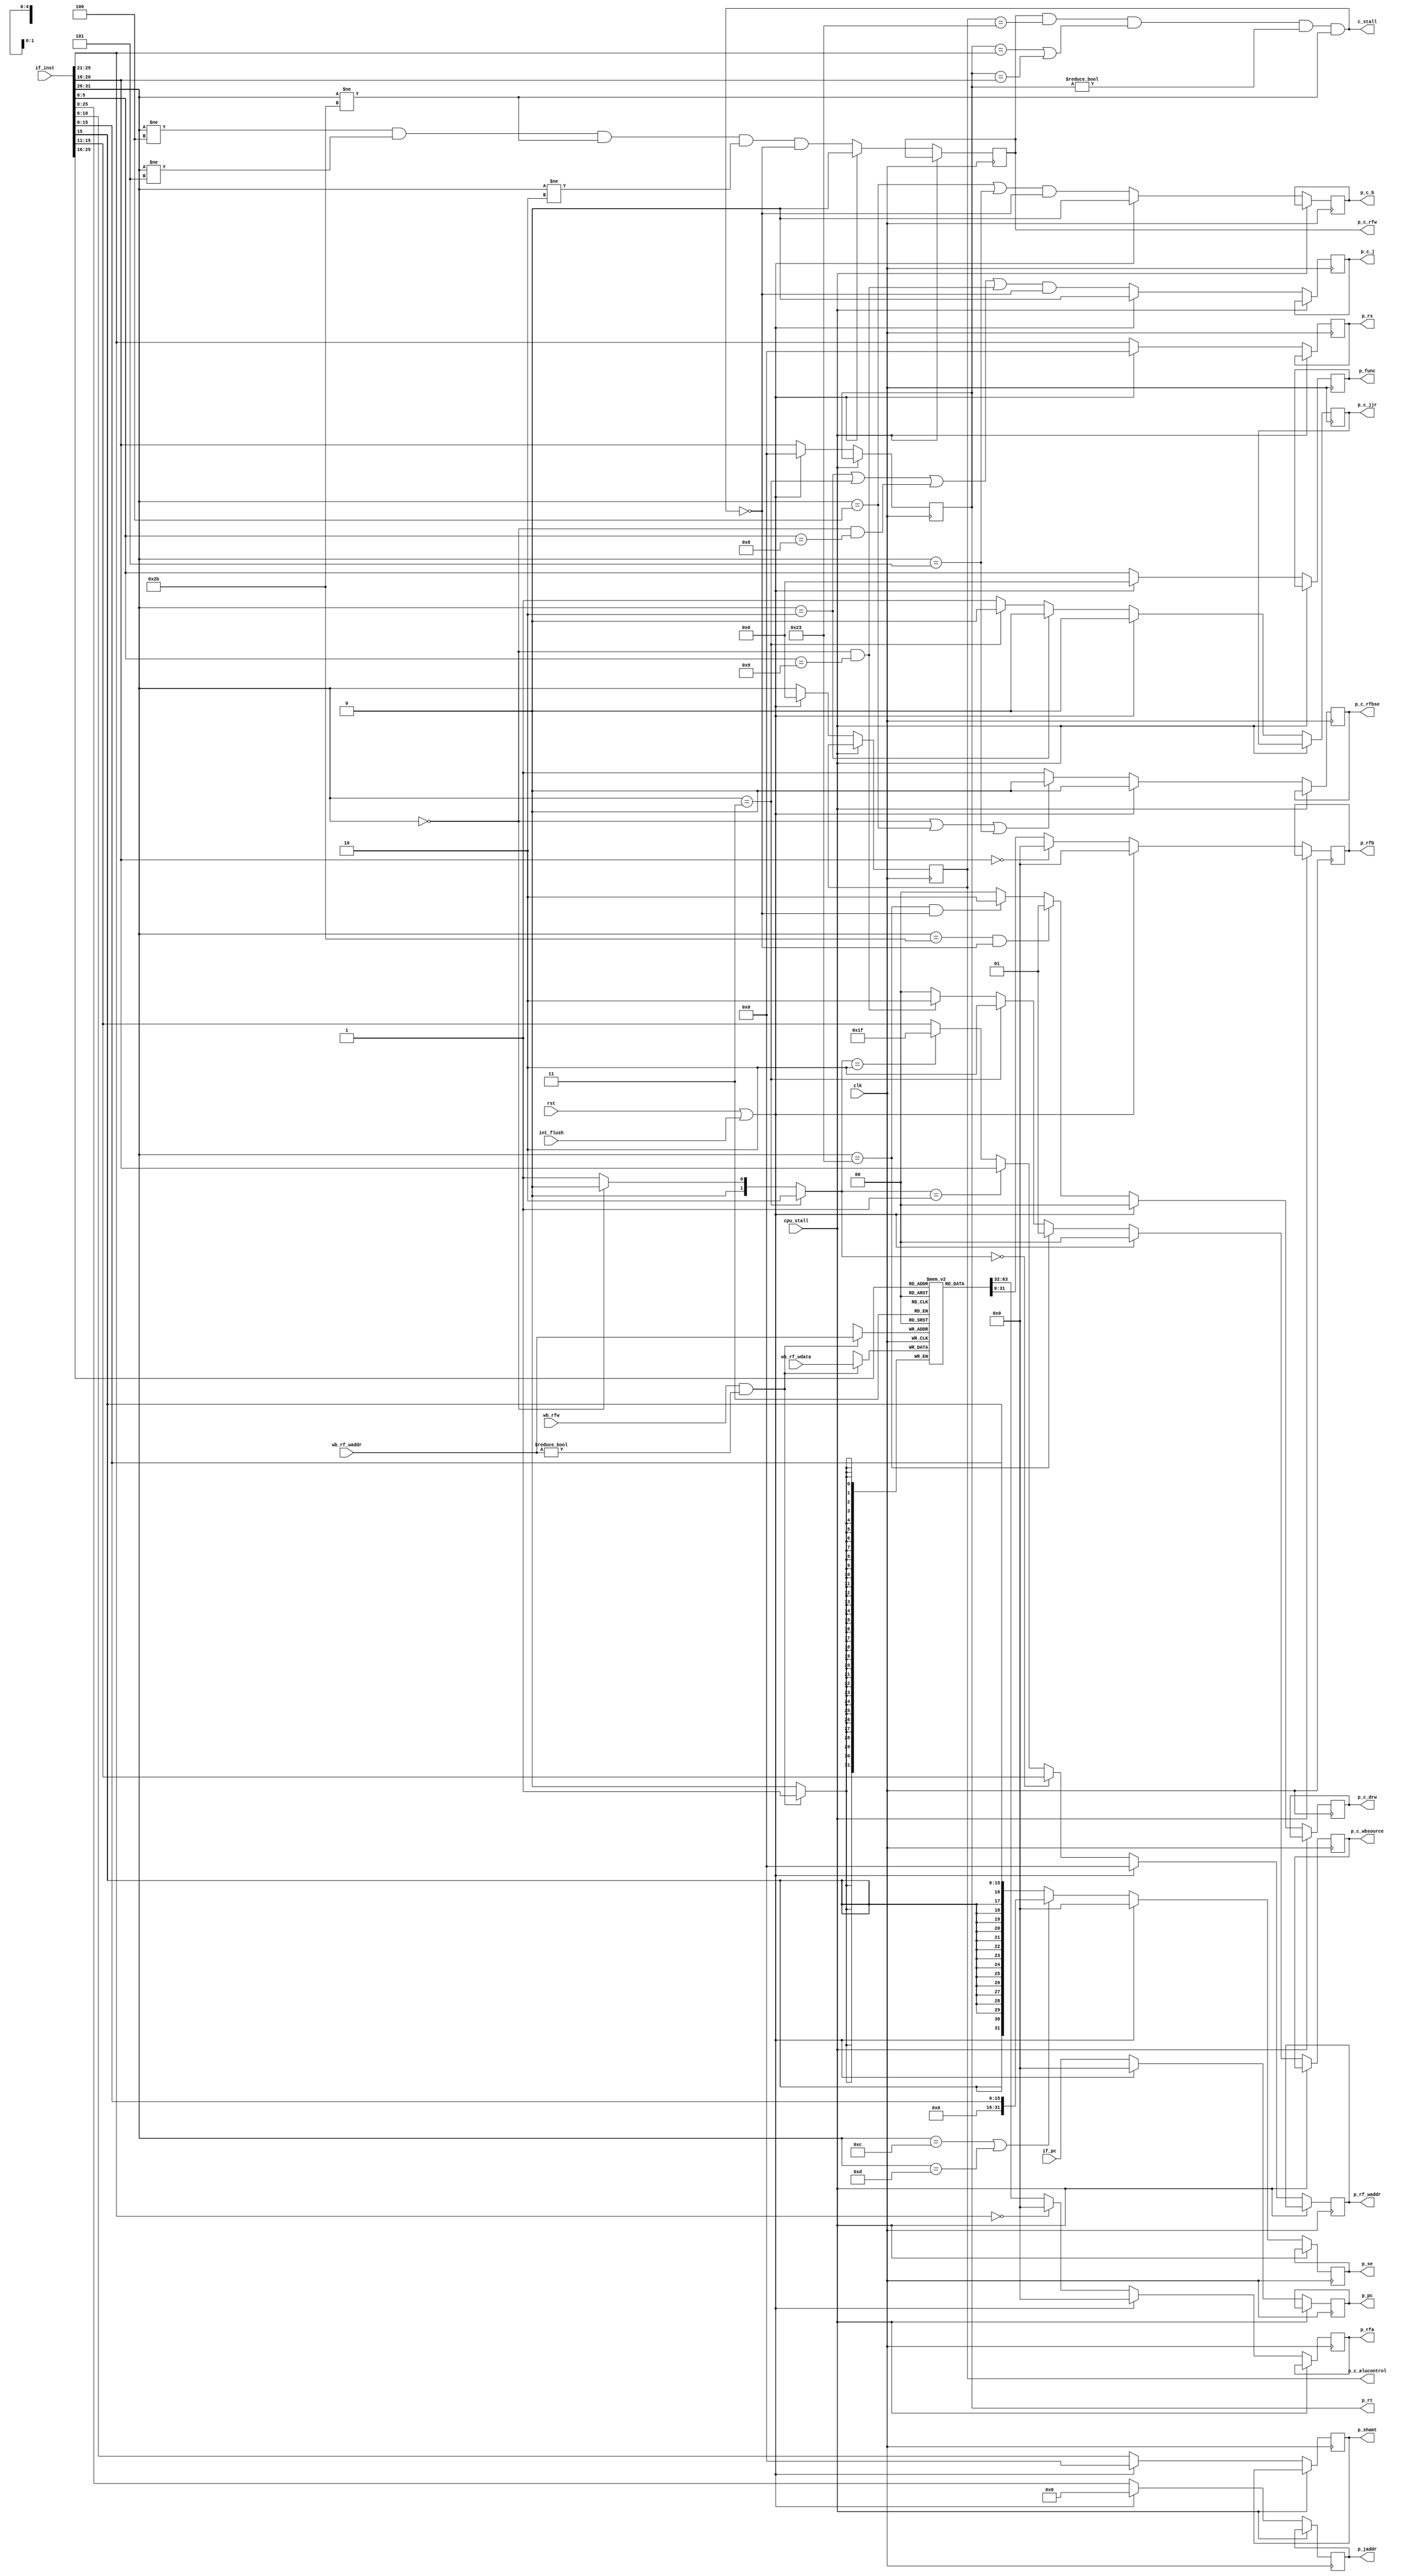
module cpu_id(rst, clk, cpu_stall, if_pc, if_inst, wb_rfw,
		wb_rf_waddr, wb_rf_wdata, p_rfa, p_rfb, p_se, 
		p_shamt, p_func, p_rf_waddr, p_c_rfw, p_c_wbsource,
		p_c_drw, p_c_alucontrol, p_c_j, p_c_b, p_c_jjr,
		p_jaddr, p_pc, p_c_rfbse, p_rs, p_rt, c_stall, int_flush);
	input 		rst, clk, cpu_stall;
	input	[31:0]	if_pc;
	input	[31:0]	if_inst;
	input 		wb_rfw;
	input   [4:0]	wb_rf_waddr;
	input   [31:0]  wb_rf_wdata;
	input		int_flush;
	output reg [31:0] p_rfa;
	output reg [31:0] p_rfb;
	output reg [31:0] p_se;
	output reg [4:0]  p_shamt;
	output reg [5:0]  p_func;
	output reg [4:0]  p_rf_waddr;
	output reg 	  p_c_rfw;
	output reg [1:0]  p_c_wbsource;
	output reg [1:0]  p_c_drw;
	output reg [5:0]  p_c_alucontrol;
	output reg 	  p_c_j;
	output reg	  p_c_b;
	output reg 	  p_c_jjr;
	output reg [25:0] p_jaddr;
	output reg [31:0] p_pc;
	output reg	  p_c_rfbse;
	output reg [4:0]  p_rs;
	output reg [4:0]  p_rt;
	output		  c_stall;

	reg [31:0] rf [31:1];

	wire [5:0] opcode = if_inst[31:26];
	wire [4:0] rf_rs = if_inst[25:21];
	wire [4:0] rf_rt = if_inst[20:16];
	wire [4:0] rf_rd = if_inst[15:11];
	wire [15:0] imm = if_inst[15:0];
	wire [4:0] shamt = if_inst[10:6];
	wire [5:0] func = if_inst[5:0];
	wire [25:0] jaddr = if_inst[25:0];
	wire [31:0] rfa = rf_rs == 0 ? 0 : rf[rf_rs];
	wire [31:0] rfb = rf_rt == 0 ? 0 : rf[rf_rt];

	/* hazard logic */
	wire stall = (p_c_rfw & (p_c_alucontrol == 6'h23) & ((p_rt == rf_rs) | (p_rt == rf_rt)) & (p_rt != 0) & (opcode != 6'h2b));
	assign c_stall = stall;

	/* control logic */
	wire c_rfw = ( 
		opcode != 6'h04 && 
		opcode != 6'h05 && 
		opcode != 6'h2b && 
		opcode != 6'h02 && 
		!stall); /* secret bug, jump register asserts write enable but the assembler sets rd = 0 */
	wire [1:0] c_wbsource = 
		(opcode == 6'h23) ? 2'h1 :
		(opcode == 6'h03) ? 2'h2 :
		(opcode == 6'h00 && func == 6'h09) ? 2'h2 : 0; 
	wire [1:0] c_drw = (opcode == 6'h2b && !stall) ? 2'b01 : 
			   (opcode == 6'h23 && !stall) ? 2'b10 : 2'b00;	/* c_drw[1] = read, c_drw[0] = write, 00 = nop */
	wire [5:0] c_alucontrol = opcode;
	wire c_se = (opcode == 6'h0c || opcode == 6'h0d) ? 0 : 1;
	wire c_rfbse = (opcode == 6'h00 || opcode == 6'h04 || opcode == 6'h05) ? 0 : 1;
	wire c_jjr = 
		opcode == 6'h02 ? 0 :
		opcode == 6'h03 ? 0 : 1;
	wire [1:0] c_rd_rt_31 = 
		(opcode == 6'h03) ? 2'b10 : /* jal */
		(opcode == 6'h00) ? 2'b00 : 2'b01;

	/* internal logic */
	wire [31:0] signext_imm = {{16{imm[15]}},imm};
        wire [31:0] zeroext_imm = {{16{1'b0}},imm};
	wire [31:0] se = c_se ? signext_imm : zeroext_imm;
	wire [4:0] rd_rt_31 = 
		(c_rd_rt_31 == 2'b00) ? rf_rd :
		(c_rd_rt_31 == 2'b01) ? rf_rt :
		(c_rd_rt_31 == 2'b10) ? 5'b11111 : rf_rd;

	wire c_j = 
		((opcode == 6'h02) || 
		(opcode == 6'h03) || 
		(opcode == 6'h00 && func == 6'h08) || 
		(opcode == 6'h00 && func == 6'h09)) && !stall;

	wire c_b = ((opcode == 6'h04) || (opcode == 6'h05)) && !stall;

	always @(posedge clk) begin
		if (!cpu_stall) begin
		if (rst || int_flush) begin		
			p_rfa <= 0;
			p_rfb <= 0;
			p_shamt <= 0;
			p_func <= 0;
			p_rf_waddr <= 0;
			p_c_rfw <= 0;
			p_c_wbsource <= 0;
			p_c_drw <= 0;
			p_c_alucontrol <= 0;
			p_c_j <= 0;
			p_c_b <= 0;
			p_c_jjr <= 0;
			p_jaddr <= 0;
			p_pc <= 0;
			p_c_rfbse <= 0;
			p_rs <= 0;
			p_rt <= 0;
			p_se <= 0;
		end else begin
			p_rfa <= rfa;
			p_rfb <= rfb;
			p_shamt <= shamt;
			p_func <= func;
			p_rf_waddr <= rd_rt_31;
			p_c_rfw <= c_rfw;
			p_c_wbsource <= c_wbsource;
			p_c_drw <= c_drw;
			p_c_alucontrol <= c_alucontrol;
			p_c_j <= c_j;
			p_c_b <= c_b;
			p_c_jjr <= c_jjr;
			p_jaddr <= jaddr;
			p_pc <= if_pc;
			p_c_rfbse <= c_rfbse;
			p_rs <= rf_rs;
			p_rt <= rf_rt;
			p_se <= se;
		end
	
		/* debug statements, not synthesized by Xilinx */
		//$display("ID: INST: %x", if_inst);
		end
	end

	always @(negedge clk) begin
		/* regfile */
		if (wb_rfw && wb_rf_waddr != 5'd0) begin
			rf[wb_rf_waddr] <= wb_rf_wdata;
		end
	end
	
endmodule